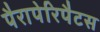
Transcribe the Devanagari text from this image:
पैरापेरिपैटस